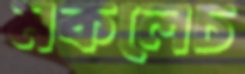
মকলেচ